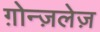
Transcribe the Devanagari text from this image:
ग़ोन्ज़लेज़